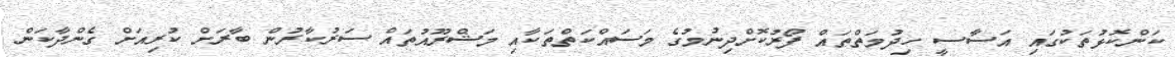
ކަންކޮޅުތަކުގައި އަސާސީ ހިދުމަތްތައް ފޯރުކޮށްދިނުމުގެ މަސައްކަތްތަކާއި މަޝްރޫއުތައް ސަރުކާރުން ބާރަށް ކުރިއަށް ގެންދާކަން